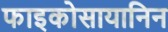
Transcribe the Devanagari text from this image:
फाइकोसायानिन